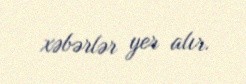
xəbərlər yer alır.